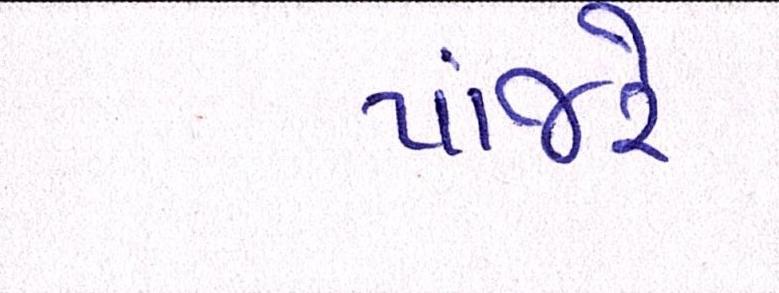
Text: પાંજરે